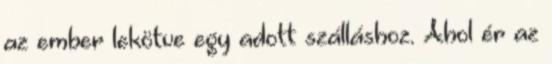
az ember lekötve egy adott szálláshoz. Ahol ér az